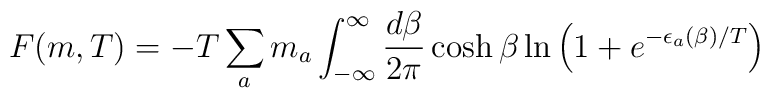
F (m,T)= - T \sum_a m_a \int_{-\infty}^{\infty} \frac{d\beta}{2\pi} \cosh\beta\ln\left( 1 + e^{-\epsilon_a(\beta)/T}\right)